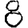
Digit: 8